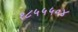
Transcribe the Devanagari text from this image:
१८५५५०४